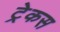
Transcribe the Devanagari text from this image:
ट्रेकस